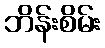
ဘိန်းစိမ်း